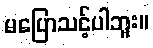
မပြောသင့်ပါဘူး။